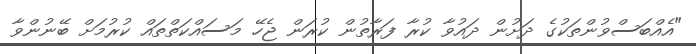
"އެއްބަސްވުންތަކުގެ ދަށުން ދައުވާ ކުރާ ފަރާތުން ކުރަން ޖެހޭ މަސައްކަތްތައް ކުރުމަށް ބޭނުންވާ